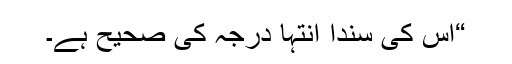
“اس کی سندا انتہا درجہ کی صحیح ہے۔